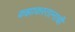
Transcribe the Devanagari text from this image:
कझाकस्तानाची